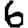
Digit: 6